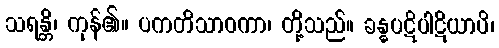
သရန္တိ၊ ကုန်၏။ ပကတိသာဝကာ၊ တို့သည်။ ခန္ဓပဋိပါဋိယာပိ၊